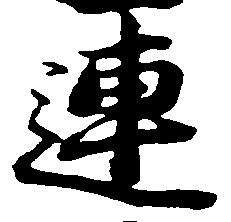
連